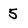
Character: 5